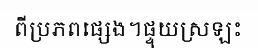
ពីប្រភពផ្សេង។ផ្ទុយស្រឡះ